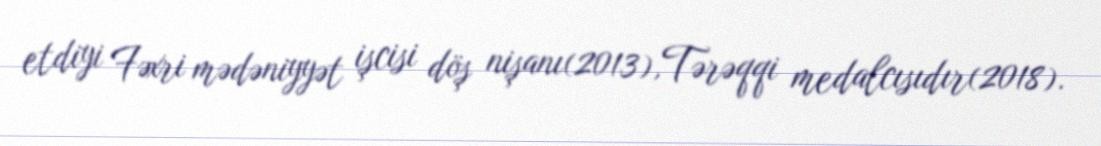
etdiyi Fəxri mədəniyyət işcisi döş nişanı(2013),Tərəqqi medalcısıdır(2018).